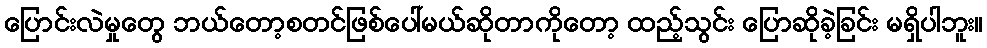
ပြောင်းလဲမှုတွေ ဘယ်တော့စတင်ဖြစ်ပေါ်မယ်ဆိုတာကိုတော့ ထည့်သွင်း ပြောဆိုခဲ့ခြင်း မရှိပါဘူး။